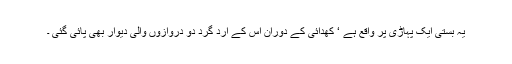
یہ بستی ایک پہاڑی پر واقع ہے ‘ کھدائی کے دوران اس کے ارد گرد دو دروازوں والی دیوار بھی پائی گئی ۔